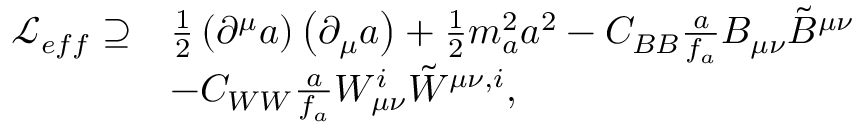
\begin{array} { r l } { \mathcal { L } _ { e f f } \supseteq } & { \frac { 1 } { 2 } \left( \partial ^ { \mu } a \right) \left( \partial _ { \mu } a \right) + \frac { 1 } { 2 } m _ { a } ^ { 2 } a ^ { 2 } - C _ { B B } \frac { a } { f _ { a } } B _ { \mu \nu } \tilde { B } ^ { \mu \nu } } \\ & { - C _ { W W } \frac { a } { f _ { a } } W _ { \mu \nu } ^ { i } \tilde { W } ^ { \mu \nu , i } , } \end{array}